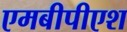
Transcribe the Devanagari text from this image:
एमबीपीएश